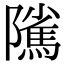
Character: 隲